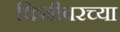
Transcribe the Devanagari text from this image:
किमीवरच्या